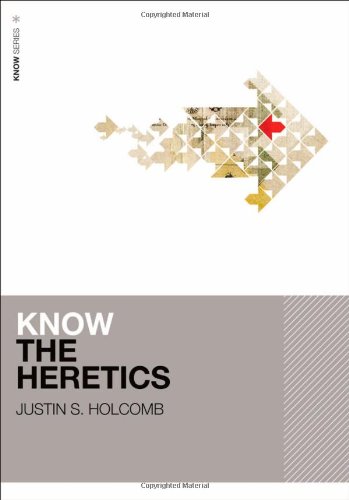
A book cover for Know the Heretics (KNOW Series); Justin S. Holcomb; Christian Books & Bibles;